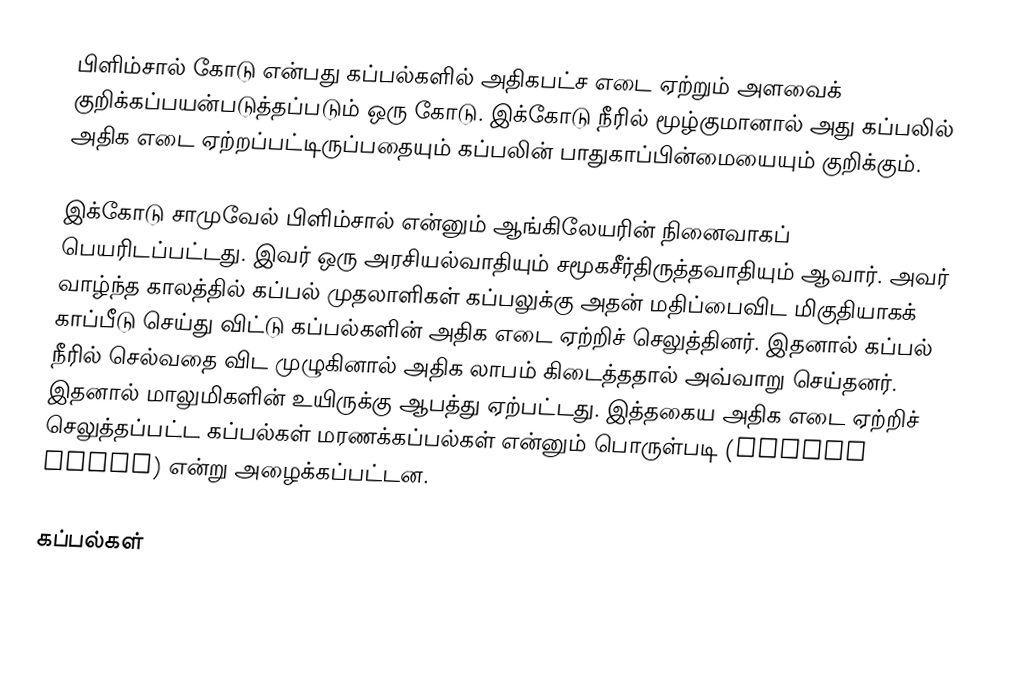
பிளிம்சால் கோடு என்பது கப்பல்களில் அதிகபட்ச எடை ஏற்றும் அளவைக் குறிக்கப்பயன்படுத்தப்படும் ஒரு கோடு. இக்கோடு நீரில் மூழ்குமானால் அது கப்பலில் அதிக எடை ஏற்றப்பட்டிருப்பதையும் கப்பலின் பாதுகாப்பின்மையையும் குறிக்கும்.

இக்கோடு சாமுவேல் பிளிம்சால் என்னும் ஆங்கிலேயரின் நினைவாகப் பெயரிடப்பட்டது. இவர் ஒரு அரசியல்வாதியும் சமூகசீர்திருத்தவாதியும் ஆவார். அவர் வாழ்ந்த காலத்தில் கப்பல் முதலாளிகள் கப்பலுக்கு அதன் மதிப்பைவிட மிகுதியாகக் காப்பீடு செய்து விட்டு கப்பல்களின் அதிக எடை ஏற்றிச் செலுத்தினர். இதனால் கப்பல் நீரில் செல்வதை விட முழுகினால் அதிக லாபம் கிடைத்ததால் அவ்வாறு செய்தனர். இதனால் மாலுமிகளின் உயிருக்கு ஆபத்து ஏற்பட்டது. இத்தகைய அதிக எடை ஏற்றிச் செலுத்தப்பட்ட கப்பல்கள் மரணக்கப்பல்கள் என்னும் பொருள்படி (coffin ships) என்று அழைக்கப்பட்டன.

கப்பல்கள்